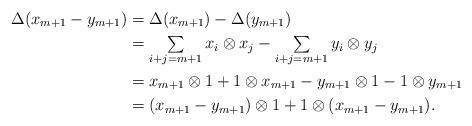
LaTeX: \begin{align*}\Delta(x_{m+1}-y_{m+1})&= \Delta(x_{m+1})-\Delta(y_{m+1}) \\&= \textstyle\sum\limits_{i+j=m+1}x_i\otimes x_j-\sum\limits_{i+j=m+1}y_i\otimes y_j \\&= x_{m+1}\otimes 1+1\otimes x_{m+1}-y_{m+1}\otimes 1-1\otimes y_{m+1} \\&= (x_{m+1}-y_{m+1})\otimes 1+1\otimes (x_{m+1}-y_{m+1}).\end{align*}